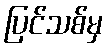
ပြင်သစ်မှ